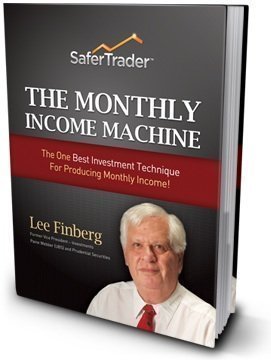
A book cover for The Monthly Income Machine: Credit Spread & Iron Condor Option Strategies, Trade Screening & Risk Adjustment | Bear Call & Bull Put Spreads for Added Income, Retirement, or Trading for a Living; Lee Finberg; Business & Money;